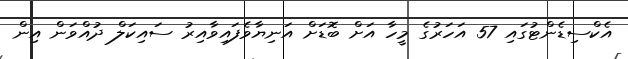
އެކްސިޑެންޓުގައި 57 އަހަރުގެ މީހާ އަށް ބޮޑަށް އަނިޔާވެފައިވާއިރު ސައިކަލް ދުއްވަން އިން